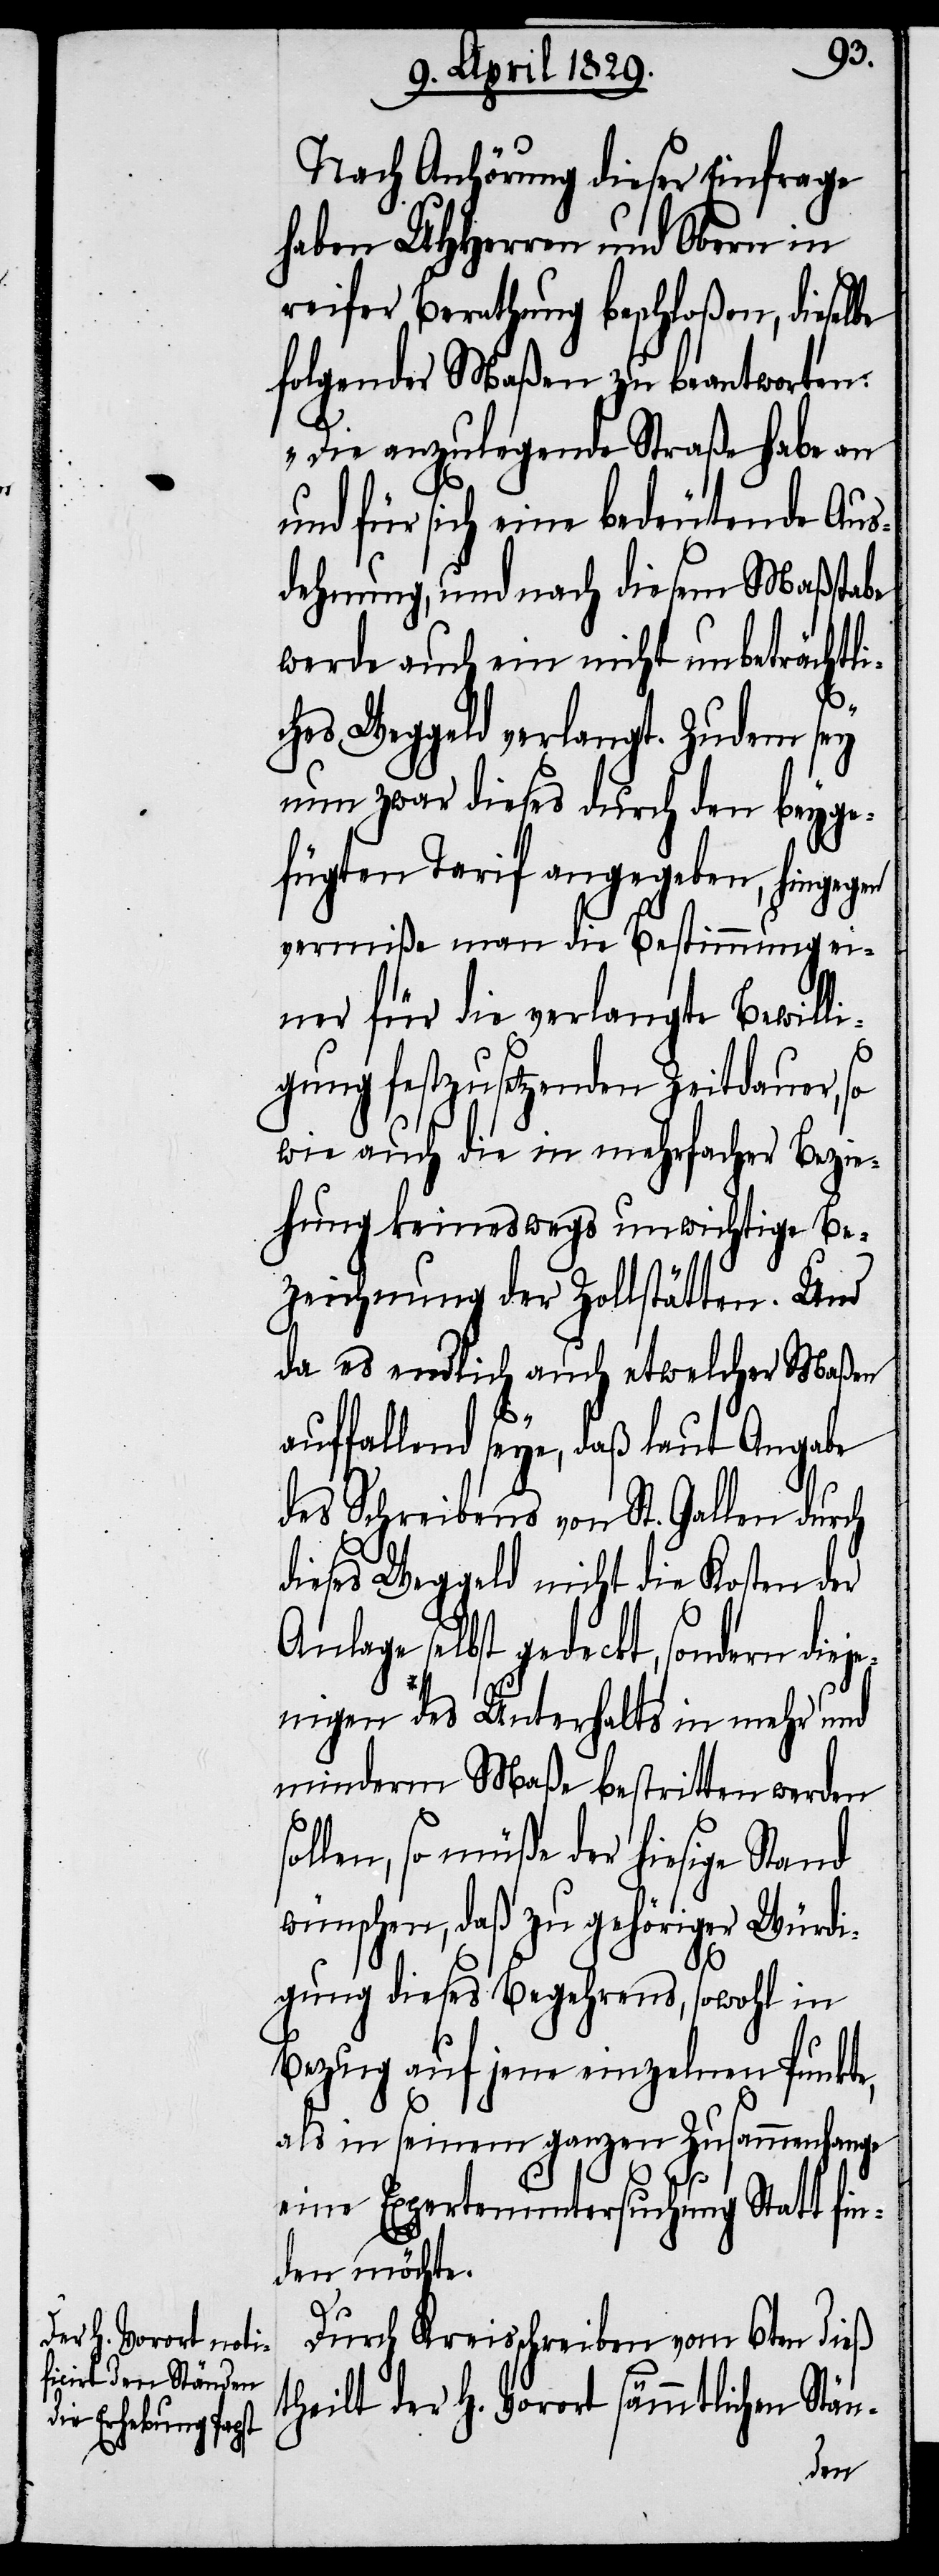
Nach Anhörung dieser Einfrage
haben UHHerren und Obern in
reifer Berathung beschloßen, diesel¬
folgender Maßen zu beantworten:
„Die anzulegende Straße habe an
und für sich einen bedeutende Aus¬
dehnung, und nach diesem Maßstabe
werde auch ein nicht unbeträchtli¬
so¬
ches Weggeld verlangt. Zudem sey
nun zwar dieses durch den beyge¬
fügten Tarif angegeben, hingeg¬
vermiße man die Bestimmung ei¬
ner für die verlangte Bewilli¬
be
gung festzusetzende Zeitdauer, so
wie auch die in mehrfacher Bezie¬
hung keineswegs unwichtige Be¬
zeichnung der Zollstätten. Und
da es endlich auch etwelcher Maßen
auffallend seye, daß laut Angabe
des Schreibens von St. Gallen durch
dieses Weggeld nicht die Kosten der
Anlage selbst gedeckt, sondern die¬
jenigen des Unterhalts in mehr und
minderm Maße bestritten werden
llen, so müße der hiesige Stand
wünschen, daß zu gehöriger Würdi¬
gung dieses Begehrens, sowohl in
Bezug auf jene einzelnen Punkte,
als in seinem ganzen Zusammenhange
eine Expertenuntersuchung Statt fin¬
den möchte.
Durch Kreisschreiben vom 6ten dieß
theilt der H. Vorort sämmtlichen Stän-
en